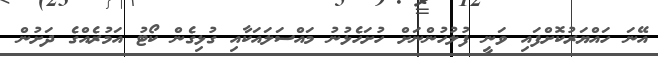
އޭނަ ހައްޔަރުކޮށްފައި ވަނީ ފުލުހުންނަށް ހުށަހެޅުނު މައްސަލައަކާއި ގުޅިގެން ކޯޓު އަމުރެއްގެ ދަށުން